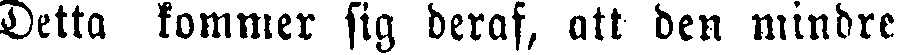
Detta kommer sig deraf, att den mindre